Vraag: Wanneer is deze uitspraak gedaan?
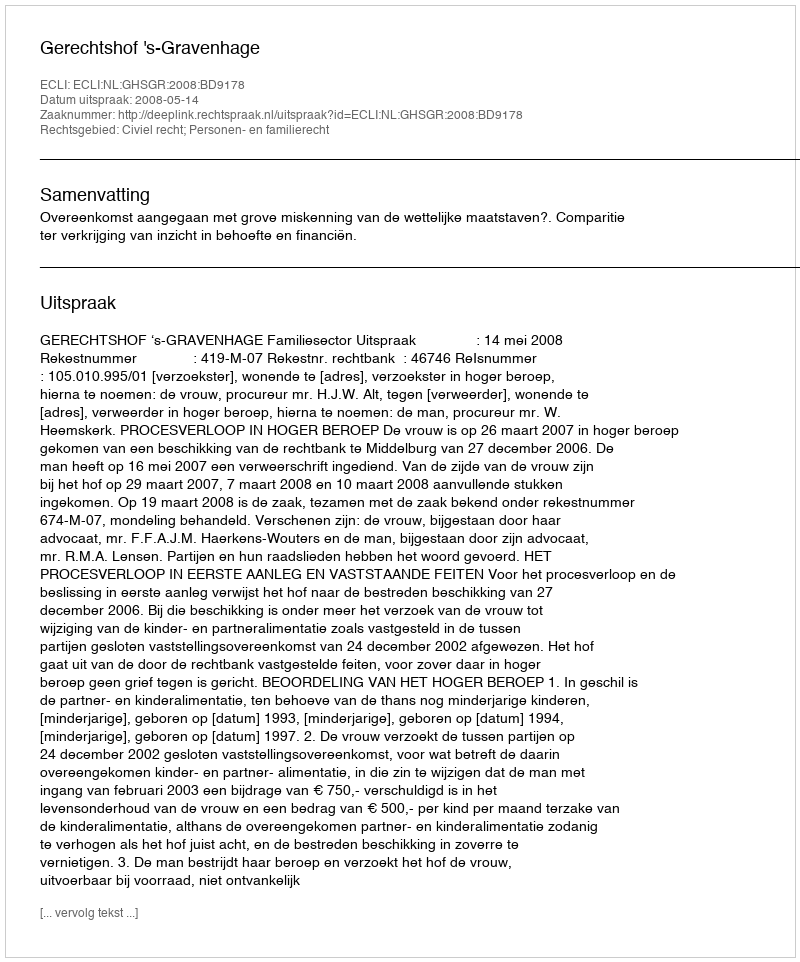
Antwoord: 2008-05-14